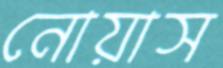
নোয়াস